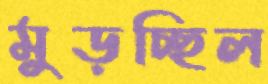
মুড়চ্ছিল